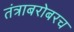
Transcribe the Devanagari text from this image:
तंत्राबरोबरच